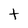
Character: t